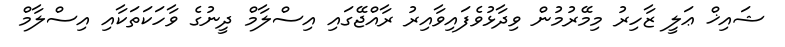
ޝައިޚް ޢަލީ ޒާހިރު މިމޭރުމުން ވިދާޅުވެފައިވާއިރު ރާއްޖޭގައި އިސްލާމް ދީނުގެ ވާހަކަތަކާއި އިސްލާމް